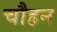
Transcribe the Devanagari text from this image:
चौहन